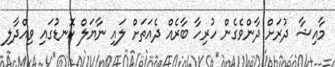
މާއިޝާ ދުރަށް ދާންވެގެން ހުރިހާ ބާރެއް ދެއަތަށް ލައި ނާޔަލް ކޮނޑުގައި ވިއްދާލި